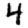
Digit: 4